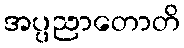
အပ္ပညာတောတိ